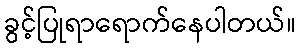
ခွင့်ပြုရာရောက်နေပါတယ်။